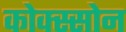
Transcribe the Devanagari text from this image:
कोक्स्सोन